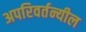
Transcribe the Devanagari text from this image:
अपरिवर्तन्यील